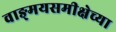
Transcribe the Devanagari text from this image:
वाङ्‌मयसमीक्षेच्या